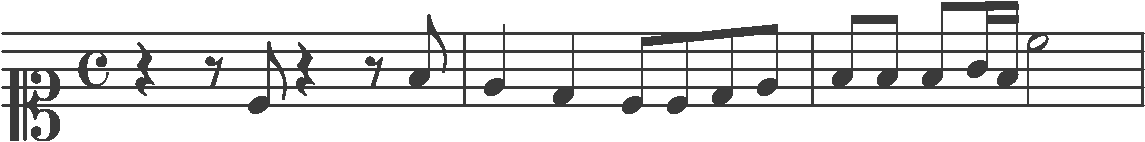
Transcription: clef-C1 timeSignature-C rest-quarter rest-eighth note-C4_eighth rest-quarter rest-eighth note-F4_eighth barline note-E4_quarter note-D4_quarter note-C4_eighth note-C4_eighth note-D4_eighth note-E4_eighth barline note-F4_eighth note-F4_eighth note-F4_eighth note-G4_sixteenth note-F4_sixteenth note-C5_half barline